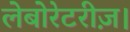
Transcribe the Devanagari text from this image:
लेबोरेटरीज़।